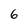
Character: 6